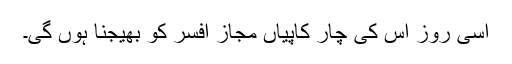
اسی روز اس کی چار کاپیاں مجازِ افسر کو بھیجنا ہوں گی۔